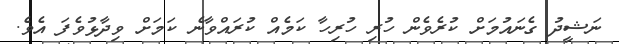
ނަޝީދު ގެނައުމަށް ކުރެވެން ހުރި ހުރިހާ ކަމެއް ކުރައްވާނެ ކަމަށް ވިދާޅުވެފަ އެވެ.